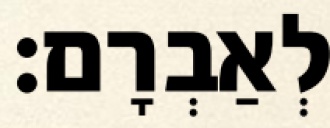
לְאַבְרָם׃